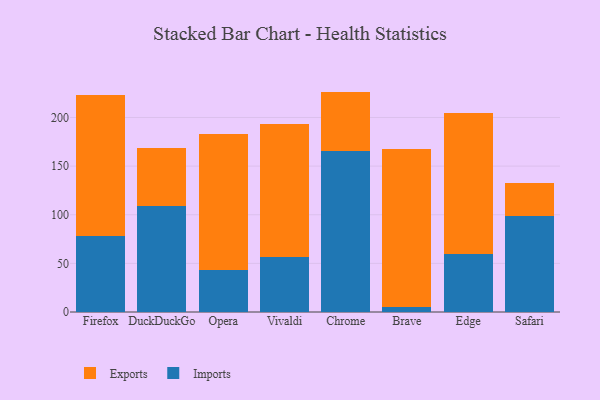
{"axis": {"x": "Browser", "y": "Humidity (%)"}, "legend": ["Exports", "Imports"], "data": [{"x": "Firefox", "y": 78.4, "type": "Imports"}, {"x": "Firefox", "y": 145.1, "type": "Exports"}, {"x": "DuckDuckGo", "y": 108.8, "type": "Imports"}, {"x": "DuckDuckGo", "y": 59.9, "type": "Exports"}, {"x": "Opera", "y": 43.7, "type": "Imports"}, {"x": "Opera", "y": 139.3, "type": "Exports"}, {"x": "Vivaldi", "y": 56.5, "type": "Imports"}, {"x": "Vivaldi", "y": 136.4, "type": "Exports"}, {"x": "Chrome", "y": 165.5, "type": "Imports"}, {"x": "Chrome", "y": 61.1, "type": "Exports"}, {"x": "Brave", "y": 5.2, "type": "Imports"}, {"x": "Brave", "y": 162.2, "type": "Exports"}, {"x": "Edge", "y": 59.9, "type": "Imports"}, {"x": "Edge", "y": 145.0, "type": "Exports"}, {"x": "Safari", "y": 98.7, "type": "Imports"}, {"x": "Safari", "y": 33.6, "type": "Exports"}]}